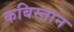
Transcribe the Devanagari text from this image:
कबिस्तान